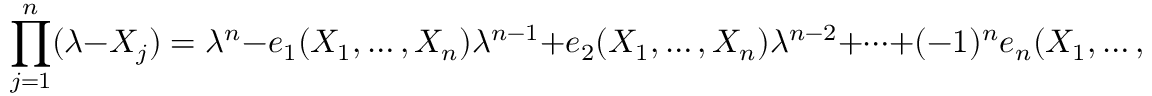
\prod _ { j = 1 } ^ { n } ( \lambda - X _ { j } ) = \lambda ^ { n } - e _ { 1 } ( X _ { 1 } , \ldots , X _ { n } ) \lambda ^ { n - 1 } + e _ { 2 } ( X _ { 1 } , \ldots , X _ { n } ) \lambda ^ { n - 2 } + \cdots + ( - 1 ) ^ { n } e _ { n } ( X _ { 1 } , \ldots , X _ { n } ) .